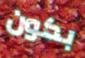
بكون